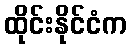
ထိုင်းနိုင်ငံက